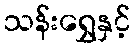
သန်းရွှေနှင့်